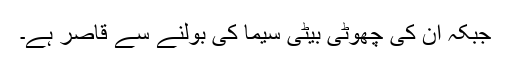
جبکہ ان کی چھوٹی بیٹی سیما کی بولنے سے قاصر ہے۔